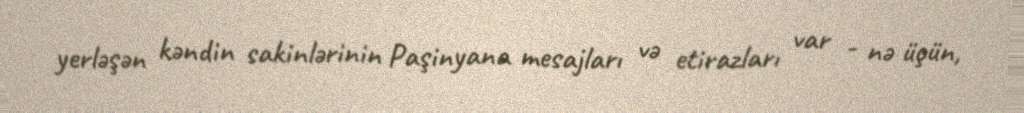
yerləşən kəndin sakinlərinin Paşinyana mesajları və etirazları var - nə üçün,